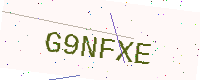
Text: G9NFXE